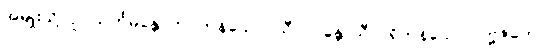
အမျိုးသို့။ ဥပသင်္ကမန္တေ၊ ကပ်ကုန်သော။ သီလဝန္တေ၊ သီလရှိကုန်သော။ ပဗ္ဗဇိတေ၊